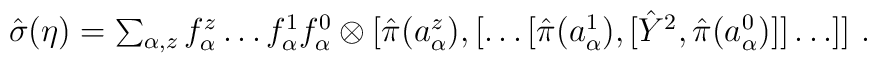
\textstyle \hat{\sigma}(\eta) = \sum_{\alpha,z} f^z_\alpha \dots f^1_\alpha f^0_\alpha \otimes [\hat{\pi}(a^z_\alpha),[\dots [\hat{\pi}(a^1_\alpha),[\hat{Y}^2,\hat{\pi}(a^0_\alpha)]]\dots]] ~.